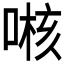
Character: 𱓯